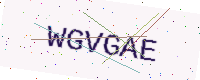
Text: WGVGAE